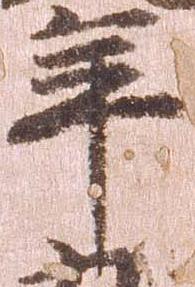
年